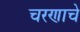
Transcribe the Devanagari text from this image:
चरणाचे